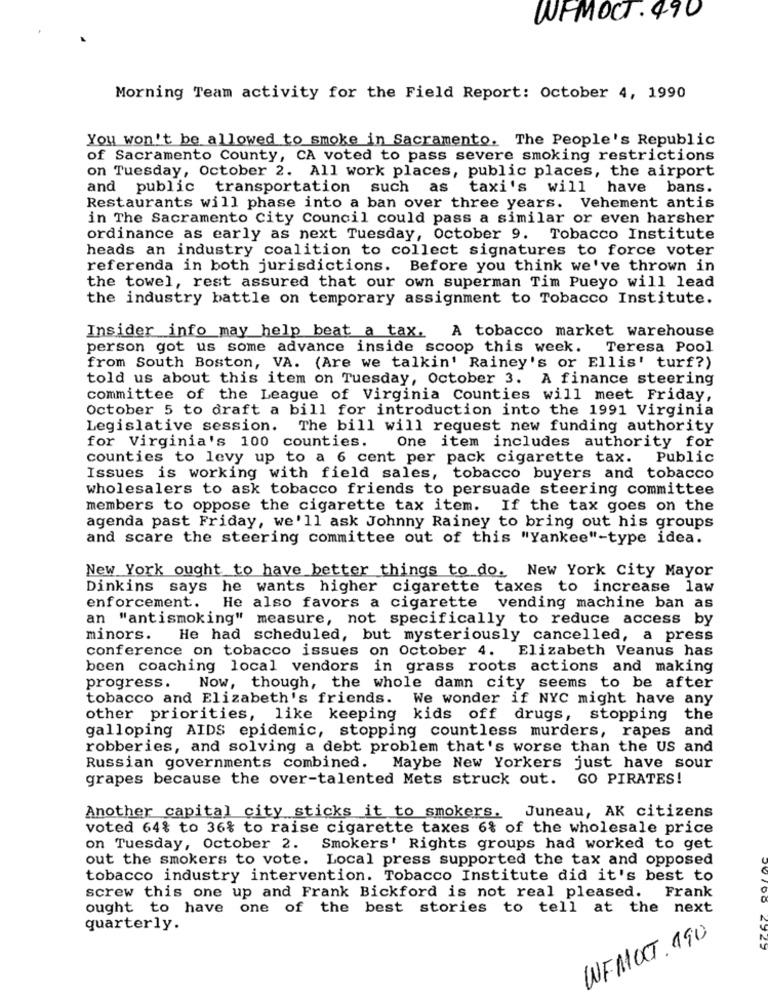
WFMOCT . 490
Morning Team activity for the Field Report: October 4, 1990
You won't be allowed to smoke in Sacramento. The People's Republic
of Sacramento County, CA voted to pass severe smoking restrictions
on Tuesday, October 2. All work places, public places, the airport
and public transportation such as taxi's will have bans.
Restaurants will phase into a ban over three years. Vehement antis
in The Sacramento City Council could pass a similar or even harsher
ordinance as early as next Tuesday, October 9. Tobacco Institute
heads an industry coalition to collect signatures to force voter
referenda in both jurisdictions. Before you think we've thrown in
the towel, rest assured that our own superman Tim Pueyo will lead
the industry battle on temporary assignment to Tobacco Institute.
Insider info may help beat a tax.
A tobacco market warehouse
person got us some advance inside scoop this week. Teresa Pool
from South Boston, VA. (Are we talkin' Rainey's or Ellis' turf?)
told us about this item on Tuesday, October 3. A finance steering
committee of the League of Virginia Counties will meet Friday,
October 5 to draft a bill for introduction into the 1991 Virginia
Legislative session. The bill will request new funding authority
for Virginia's 100 counties.
One item includes authority for
counties to levy up to a 6 cent per pack cigarette tax. Public
Issues is working with field sales, tobacco buyers and tobacco
wholesalers to ask tobacco friends to persuade steering committee
members to oppose the cigarette tax item. If the tax goes on the
agenda past Friday, we'll ask Johnny Rainey to bring out his groups
and scare the steering committee out of this "Yankee"-type idea.
New York ought to have better things to do. New York City Mayor
Dinkins says he wants higher cigarette taxes to increase law
enforcement. He also favors a cigarette vending machine ban as
an "antismoking" measure, not specifically to reduce access by
minors. He had scheduled, but mysteriously cancelled, a press
conference on tobacco issues on October 4. Elizabeth Veanus has
been coaching local vendors in grass roots actions and making
progress. Now, though, the whole damn city seems to be after
tobacco and Elizabeth's friends. We wonder if NYC might have any
other priorities, like keeping kids off drugs, stopping the
galloping AIDS epidemic, stopping countless murders, rapes and
robberies, and solving a debt problem that's worse than the US and
Russian governments combined. Maybe New Yorkers just have sour
grapes because the over-talented Mets struck out. GO PIRATES!
Another capital city sticks it to smokers. Juneau, AK citizens
voted 64% to 36% to raise cigarette taxes 6% of the wholesale price
on Tuesday, October 2.
Smokers' Rights groups had worked to get
out the smokers to vote. Local press supported the tax and opposed
tobacco industry intervention. Tobacco Institute did it's best to
screw this one up and Frank Bickford is not real pleased.
Frank
ought to have one of the best stories to tell at the next
quarterly.
29
WFMOCT. 190